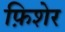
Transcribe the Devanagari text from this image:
फ़िशेर